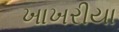
ખાખરીયા